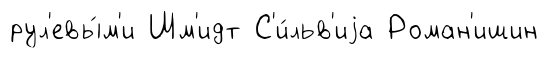
рул'евы́м'и Шм'идт С'и́льв'иjа Роман'ишин